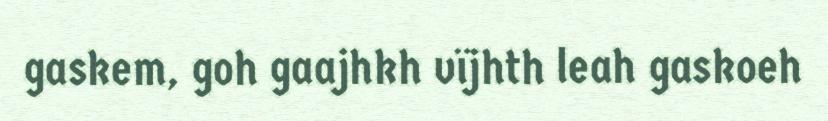
gaskem, goh gaajhkh vïjhth leah gaskoeh